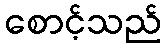
စောင့်သည်